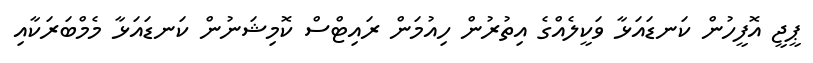
ޕީޖީ އޮފީހުން ކަނޑައަޅާ ވަކީލެއްގެ އިތުރުން ހިއުމަން ރައިޓްސް ކޮމިޝަނުން ކަނޑައަޅާ މެމްބަރަކާއި